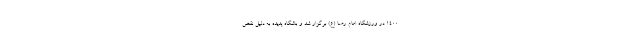
۱۴۰۰ در ورزشگاه امام رضا (ع) برگزار شد و باشگاه پدیده به دلیل نقض